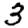
Digit: 3